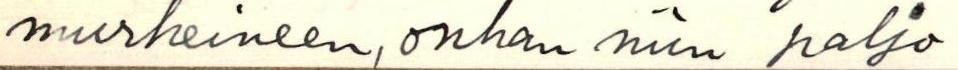
murheineen, onhan niin paljo